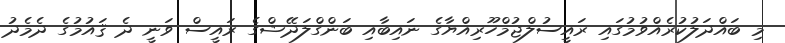
މި ބައްދަލުކުރެއްވުމުގައި ރައީސުލްޖުމްހޫރިއްޔާގެ ނައިބާއި ބަންގްލަދޭޝްގެ ރައީސް ވަނީ ދެ ޤައުމުގެ ދެމެދު